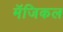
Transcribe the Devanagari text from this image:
मॅजिकल